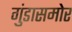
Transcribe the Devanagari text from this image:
गुंडासमोर